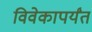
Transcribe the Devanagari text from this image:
विवेकापर्यंत